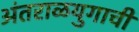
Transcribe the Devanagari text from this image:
अंतराळयुगाची